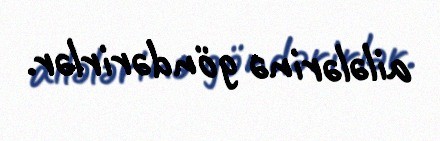
ailələrinə göndərirlər.